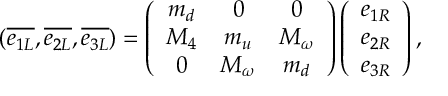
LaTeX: ( \overline { { { e _ { 1 L } } } } , \overline { { { e _ { 2 L } } } } , \overline { { { e _ { 3 L } } } } ) = \left( \begin{array} { c c c } { { m _ { d } } } & { { 0 } } & { { 0 } } \\ { { M _ { 4 } } } & { { m _ { u } } } & { { M _ { \omega } } } \\ { { 0 } } & { { M _ { \omega } } } & { { m _ { d } } } \end{array} \right) \left( \begin{array} { c } { { e _ { 1 R } } } \\ { { e _ { 2 R } } } \\ { { e _ { 3 R } } } \end{array} \right) ,